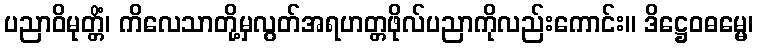
ပညာဝိမုတ္တိံ၊ ကိလေသာတို့မှလွတ်အရဟတ္တဖိုလ်ပညာကိုလည်းကောင်း။ ဒိဋ္ဌေဝဓမ္မေ၊